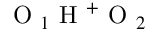
\mathrm { ~ O ~ } _ { 1 } \mathrm { ~ H ~ } ^ { + } \mathrm { ~ O ~ } _ { 2 }